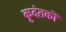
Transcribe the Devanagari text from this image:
कृदंतकों